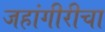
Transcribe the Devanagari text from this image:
जहांगीरीचा